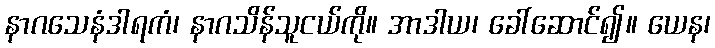
နာဂသေနံဒါရကံ၊ နာဂသိန်သူငယ်ကို။ အာဒါယ၊ ခေါ်ဆောင်၍။ ယေန၊